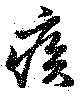
疾